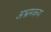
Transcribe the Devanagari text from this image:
अभ्रमकय